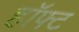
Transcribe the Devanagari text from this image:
हॉफ्ट